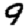
Digit: 9